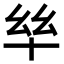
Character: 𫧠